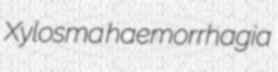
Xylosma haemorrhagia